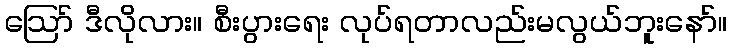
ဪ ဒီလိုလား။ စီးပွားရေး လုပ်ရတာလည်းမလွယ်ဘူးနော်။